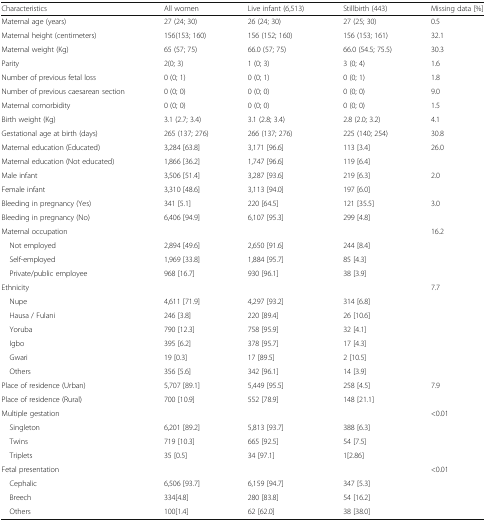
<table><thead><tr><td><b>Characteristics</b></td><td><b>All women</b></td><td><b>Live infant (6,513)</b></td><td><b>Stillbirth (443)</b></td><td><b>Missing data [%]</b></td></tr></thead><tbody><tr><td>Maternal age (years)</td><td>27 (24; 30)</td><td>26 (24; 30)</td><td>27 (25; 30)</td><td>0.5</td></tr><tr><td>Maternal height (centimeters)</td><td>156(153; 160)</td><td>156 (152; 160)</td><td>156 (153; 161)</td><td>32.1</td></tr><tr><td>Maternal weight (Kg)</td><td>65 (57; 75)</td><td>66.0 (57; 75)</td><td>66.0 (54.5; 75.5)</td><td>30.3</td></tr><tr><td>Parity</td><td>2(0; 3)</td><td>1 (0; 3)</td><td>3 (0; 4)</td><td>1.6</td></tr><tr><td>Number of previous fetal loss</td><td>0 (0; 1)</td><td>0 (0; 1)</td><td>0 (0; 1)</td><td>1.8</td></tr><tr><td>Number of previous caesarean section</td><td>0 (0; 0)</td><td>0 (0; 0)</td><td>0 (0; 0)</td><td>9.0</td></tr><tr><td>Maternal comorbidity</td><td>0 (0; 0)</td><td>0 (0; 0)</td><td>0 (0; 0)</td><td>1.5</td></tr><tr><td>Birth weight (Kg)</td><td>3.1 (2.7; 3.4)</td><td>3.1 (2.8; 3.4)</td><td>2.8 (2.0; 3.2)</td><td>4.1</td></tr><tr><td>Gestational age at birth (days)</td><td>265 (137; 276)</td><td>266 (137; 276)</td><td>225 (140; 254)</td><td>30.8</td></tr><tr><td>Maternal education (Educated)</td><td>3,284 [63.8]</td><td>3,171 [96.6]</td><td>113 [3.4]</td><td>26.0</td></tr><tr><td>Maternal education (Not educated)</td><td>1,866 [36.2]</td><td>1,747 [96.6]</td><td>119 [6.4]</td><td></td></tr><tr><td>Male infant</td><td>3,506 [51.4]</td><td>3,287 [93.6]</td><td>219 [6.3]</td><td>2.0</td></tr><tr><td>Female infant</td><td>3,310 [48.6]</td><td>3,113 [94.0]</td><td>197 [6.0]</td><td></td></tr><tr><td>Bleeding in pregnancy (Yes)</td><td>341 [5.1]</td><td>220 [64.5]</td><td>121 [35.5]</td><td>3.0</td></tr><tr><td>Bleeding in pregnancy (No)</td><td>6,406 [94.9]</td><td>6,107 [95.3]</td><td>299 [4.8]</td><td></td></tr><tr><td>Maternal occupation</td><td></td><td></td><td></td><td>16.2</td></tr><tr><td> Not employed</td><td>2,894 [49.6]</td><td>2,650 [91.6]</td><td>244 [8.4]</td><td></td></tr><tr><td> Self-employed</td><td>1,969 [33.8]</td><td>1,884 [95.7]</td><td>85 [4.3]</td><td></td></tr><tr><td> Private/public employee</td><td>968 [16.7]</td><td>930 [96.1]</td><td>38 [3.9]</td><td></td></tr><tr><td>Ethnicity</td><td></td><td></td><td></td><td>7.7</td></tr><tr><td> Nupe</td><td>4,611 [71.9]</td><td>4,297 [93.2]</td><td>314 [6.8]</td><td></td></tr><tr><td> Hausa / Fulani</td><td>246 [3.8]</td><td>220 [89.4]</td><td>26 [10.6]</td><td></td></tr><tr><td> Yoruba</td><td>790 [12.3]</td><td>758 [95.9]</td><td>32 [4.1]</td><td></td></tr><tr><td> Igbo</td><td>395 [6.2]</td><td>378 [95.7]</td><td>17 [4.3]</td><td></td></tr><tr><td> Gwari</td><td>19 [0.3]</td><td>17 [89.5]</td><td>2 [10.5]</td><td></td></tr><tr><td> Others</td><td>356 [5.6]</td><td>342 [96.1]</td><td>14 [3.9]</td><td></td></tr><tr><td>Place of residence (Urban)</td><td>5,707 [89.1]</td><td>5,449 [95.5]</td><td>258 [4.5]</td><td>7.9</td></tr><tr><td>Place of residence (Rural)</td><td>700 [10.9]</td><td>552 [78.9]</td><td>148 [21.1]</td><td></td></tr><tr><td>Multiple gestation</td><td></td><td></td><td></td><td>&lt;0.01</td></tr><tr><td> Singleton</td><td>6,201 [89.2]</td><td>5,813 [93.7]</td><td>388 [6.3]</td><td></td></tr><tr><td> Twins</td><td>719 [10.3]</td><td>665 [92.5]</td><td>54 [7.5]</td><td></td></tr><tr><td> Triplets</td><td>35 [0.5]</td><td>34 [97.1]</td><td>1[2.86]</td><td></td></tr><tr><td>Fetal presentation</td><td></td><td></td><td></td><td>&lt;0.01</td></tr><tr><td> Cephalic</td><td>6,506 [93.7]</td><td>6,159 [94.7]</td><td>347 [5.3]</td><td></td></tr><tr><td> Breech</td><td>334[4.8]</td><td>280 [83.8]</td><td>54 [16.2]</td><td></td></tr><tr><td> Others</td><td>100[1.4]</td><td>62 [62.0]</td><td>38 [38.0]</td><td></td></tr></tbody></table>